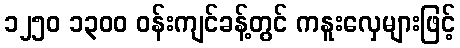
၁၂၅၀ ၁၃၀၀ ဝန်းကျင်ခန့်တွင် ကနူးလှေများဖြင့်